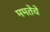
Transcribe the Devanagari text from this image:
ममतेचे